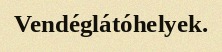
Vendéglátóhelyek.